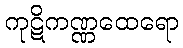
ကုဋိကဏ္ဏထေရော